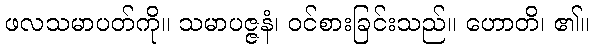
ဖလသမာပတ်ကို။ သမာပဇ္ဇနံ၊ ဝင်စားခြင်းသည်။ ဟောတိ၊ ၏။